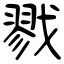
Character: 戮